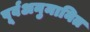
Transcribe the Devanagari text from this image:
पूर्वअनुमानित